Lunatic asylums in Bengal annual reports 1912-1924 - 1912-1924
Year: 1912
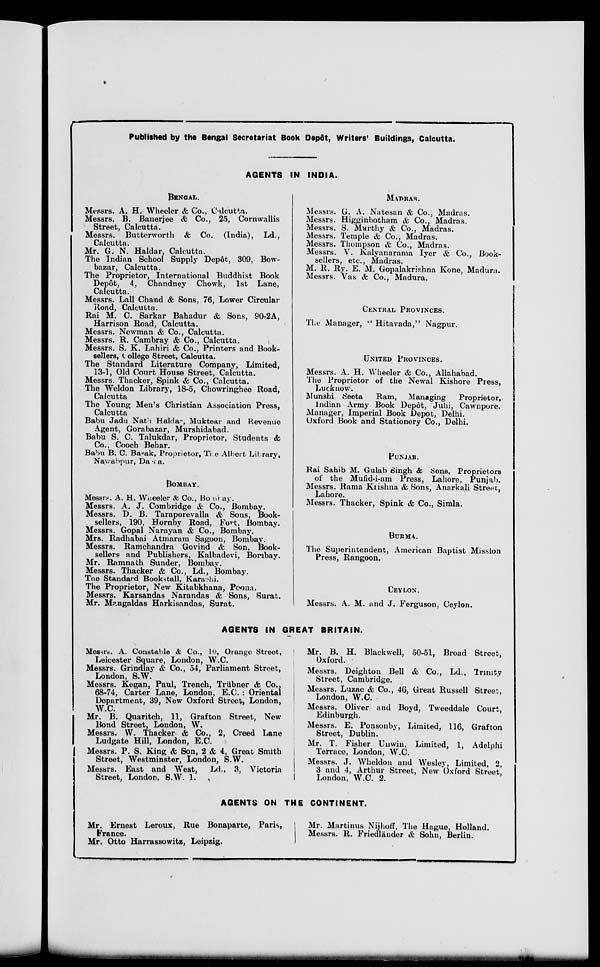
Published by the Bengal Secretariat Book Depôt, Writers' Buildings, Calcutta.
AGENTS IN INDIA.
BENGAL.
Messrs. A. H. Wheeler & Co., Calcutta.
Messrs. B. Banerjee & Co., 25, Cornwallis
Street, Calcutta.
Messrs. Butterworth & Co. (India), Ld.,
Calcutta.
Mr. G. N. Haldar, Calcutta.
The Indian School Supply Depôt, 309, Bow-
bazar, Calcutta.
The Proprietor, International Buddhist Book
Depot, 4, Chandney Chowk, 1st Lane,
Calcutta.
Messrs. Lall Chand & Sons, 76, Lower Circular
Road, Calcutta.
Rai M. C. Sarkar Bahadur & Sons, 90-2A,
Harrison Road, Calcutta.
Messrs. Newman & Co., Calcutta.
Messrs. R. Cambray & Co., Calcutta.
Messrs. S. K. Lahiri & Co., Printers and Book-
sellers, College Street, Calcutta.
The Standard Literature Company, Limited,
13-1, Old Court House Street, Calcutta.
Messrs. Thacker, Spink & Co., Calcutta.
The Weldon Library, 18-5, Chowringhee Road,
Calcutta
The Young Men's Christian Association Press,
Calcutta
Babu Jadu Nath Halda, Muktear and Revenue
Agent, Gorabazar, Murshidabad.
Babu S. C. Talukdar, Proprietor, Students &
Co., Cooch Behar.
Babu B. C. Basak, Proprietor, The Albert Library,
Nawabpur, Dacca.
BOMBAY.
Messrs. A. H. Wheeler & Co., Bombay.
Messrs. A. J. Combridge & Co., Bombay.
Messrs. D. B. Taraporevalla & Sons, Book-
sellers, 190, Hornby Road, Fort, Bombay.
Messrs. Gopal Narayan & Co., Bombay.
Mrs. Radhabai Atmaram Sagoon, Bombay.
Messrs. Ramchandra Govind & Son, Book-
sellers and Publishers, Kalbadevi, Bombay.
Mr. Ramnath Sunder, Bombay.
Messrs. Thacker & Co., Ld., Bombay.
The Standard Bookstall, Karachi.
The Proprietor, New Kitabkhana, Poona.
Messrs. Karsandas Narandas & Sons, Surat.
Mr. Mangaldas Harkisandas, Surat.
MADRAS.
Messrs. G. A. Natesan & Co., Madras.
Messrs. Higginbotham & Co., Madras.
Messrs. S. Murthy & Co., Madras.
Messrs. Temple & Co., Madras.
Messrs. Thompson & Co., Madras.
Messrs. V. Kalyanarama Iyer & Co., Book-
sellers, etc., Madras.
M. R. Ry. E. M. Gopalakrishna Kone, Madura.
Messrs. Vas & Co., Madura.
CENTRAL PROVINCES.
The Manager, " Hitavada," Nagpur.
UNITED PROVINCES.
Messrs. A. H. Wheeler & Co., Allahabad.
The Proprietor of the Newal Kishore Press,
Lucknow.
Munshi Seeta
Ram,
Managing
Proprietor,
Indian Army Book Depôt, Juhi, Cawnpore.
Manager, Imperial Book Depot, Delhi.
Oxford Book and Stationery Co., Delhi.
PUNJAB.
Rai Sahib M. Gulab Singh & Sons, Proprietors
of the Mufid-i-am Press, Lahore, Punjab.
Messrs. Rama Krishna & Sons, Anarkali Street,
Lahore.
Messrs. Thacker, Spink & Co., Simla.
BURMA.
The Superintendent, American Baptist Mission
Press, Rangoon.
CEYLON.
Messrs. A. M. and J. Ferguson, Ceylon.
AGENTS IN GREAT BRITAIN.
Messrs. A. Constable & Co., 10, Orange Street,
Leicester Square, London, W.C.
Messrs. Grindlay & Co., 54, Parliament Street,
London, S.W.
Messrs. Kegan, Paul, Trench, Trübner & Co..
68-74, Carter Lane, London, E.C. ; Oriental
Department, 39, New Oxford Street, London,
W.C.
Mr. B. Quaritch, 11, Grafton Street, New
Bond Street, London, W.
Messrs. W. Thacker & Co., 2, Creed Lane
Ludgate Hill, London, E.C.
Messrs. P. S. King & Son, 2 & 4, Great Smith
Street, Westminster, London, S.W.
Messrs. East and West,
Ld., 3, Victoria
Street, London, S.W. 1.
Mr. B. H. Blackwell, 50-51, Broad Street,
Oxford.
Messrs. Deighton Bell & Co., Ld., Trimty
Street, Cambridge.
Messrs. Luzac & Co., 46, Great Russell Street,
London, W.C.
Messrs. Oliver and Boyd, Tweeddale Court,
Edinburgh.
Messrs. E. Ponsonby, Limited, 116, Grafton
Street, Dublin.
Mr. T. Fisher Unwin, Limited, 1, Adelphi
Terrace, London, W.C.
Messrs. J. Wheldon and Wesley, Limited, 2,
3 and 4, Arthur Street, New Oxford Street,
London, W.C. 2.
AGENTS ON THE CONTINENT.
Mr. Ernest Leroux, Rue Bonaparte, Paris,
France.
Mr. Otto Harrassowitz, Leipzig.
Mr. Martinus Nijhoff, The Hague, Holland.
Messrs. R. Friedländer & Sohn, Berlin.